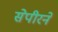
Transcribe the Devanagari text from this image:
सेपीरने